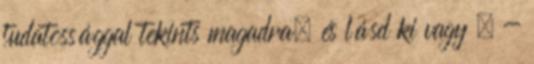
tudatossággal tekints magadra, és lásd ki vagy . -